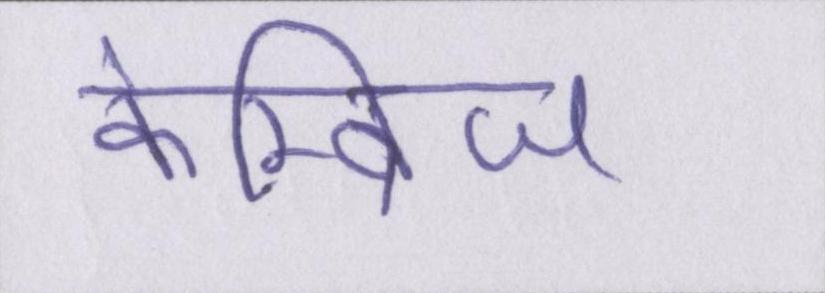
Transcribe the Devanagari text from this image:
केम्ब्रिज